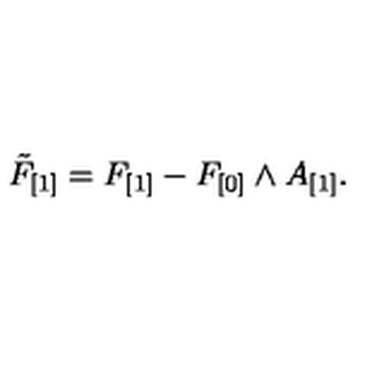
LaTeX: \tilde { F } _ { [ 1 ] } = F _ { [ 1 ] } - F _ { [ 0 ] } \wedge A _ { [ 1 ] } .